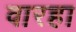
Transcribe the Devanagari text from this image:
वारहा